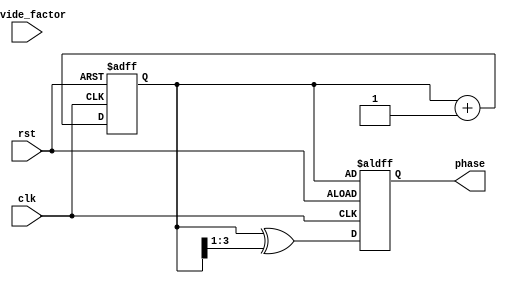
module GrayCounterClockDivider(
    input wire clk,
    input wire rst,
    input wire [3:0] divide_factor,
    output reg [3:0] phase
);

reg [3:0] gray_counter;

always @(posedge clk or posedge rst) begin
    if (rst) begin
        gray_counter <= 4'b0000;
        phase <= gray_counter;
    end else begin
        gray_counter <= gray_counter + 1;
        phase <= gray_counter ^ (gray_counter >> 1);
    end
end

endmodule